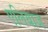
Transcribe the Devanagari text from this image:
एलियाज